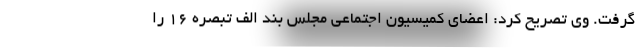
گرفت. وی تصریح کرد: اعضای کمیسیون اجتماعی مجلس بند الف تبصره 16 را